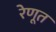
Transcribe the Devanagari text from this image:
रेणूत